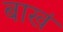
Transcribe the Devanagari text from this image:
बाखं